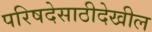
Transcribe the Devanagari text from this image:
परिषदेसाठीदेखील